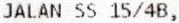
JALAN SS 15/4B,